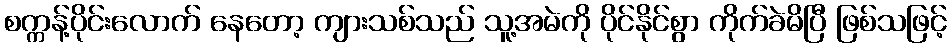
စက္ကန့်ပိုင်းလောက် နေတော့ ကျားသစ်သည် သူ့အမဲကို ပိုင်နိုင်စွာ ကိုက်ခဲမိပြီ ဖြစ်သဖြင့်